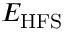
E _ { \mathrm { H F S } }